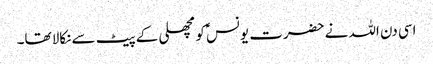
اسی دن اللہ نے حضرت یونسؑ کو مچھلی کے پیٹ سے نکالا تھا۔